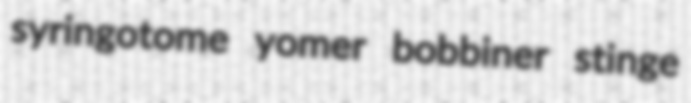
syringotome yomer bobbiner stinge